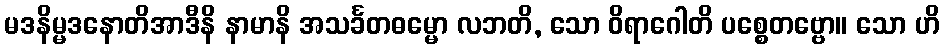
မဒနိမ္မဒနောတိအာဒီနိ နာမာနိ အသင်္ခတဓမ္မော လဘတိ, သော ဝိရာဂေါတိ ပစ္စေတဗ္ဗော။ သော ဟိ